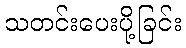
သတင်းပေးပို့ခြင်း